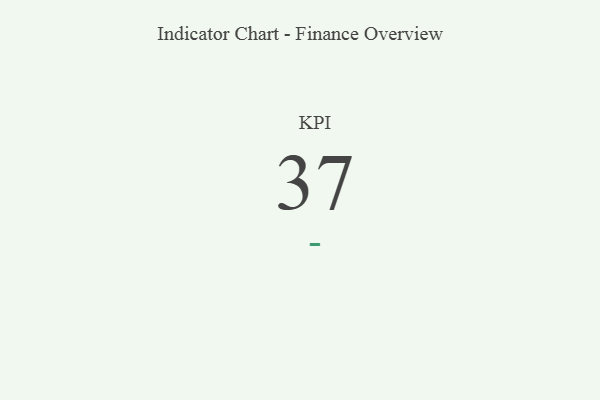
{"axis": {"x": "KPI", "y": "Value"}, "legend": [""], "data": [{"x": "KPI", "y": 37, "type": ""}]}